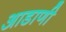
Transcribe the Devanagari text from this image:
आडाणी